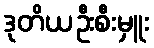
ဒုတိယဦးစီးမှူး